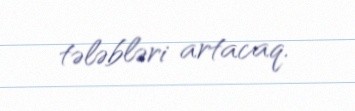
tələbləri artacaq.